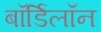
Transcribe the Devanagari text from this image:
बॉर्डिलॉन